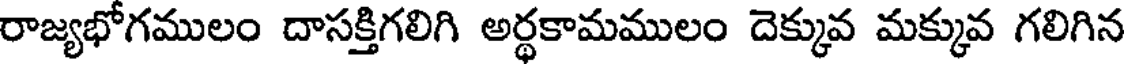
రాజ్యభోగములం దాసక్తిగలిగి అర్థకామములం దెక్కువ మక్కువ గలిగిన